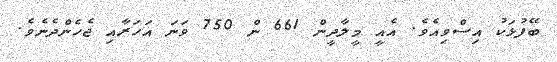
ބޭފުޅަކު އިސްވިއެވެ. އެއީ މީލާދީން 661 ން 750 ވަނަ އަހަރާއި ޖެހެންދެނެވެ.